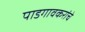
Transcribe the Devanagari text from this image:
पाडगावकरांचे